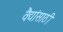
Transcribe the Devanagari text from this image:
वैद्यांसाठी